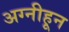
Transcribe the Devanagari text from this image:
अग्नीहून